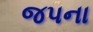
જપના